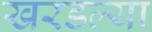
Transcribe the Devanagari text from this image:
खरडल्या